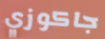
جاكوزي